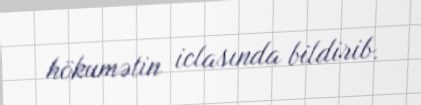
hökumətin iclasında bildirib.